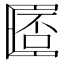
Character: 𠥧